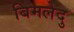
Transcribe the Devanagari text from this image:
बिमलेदु